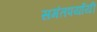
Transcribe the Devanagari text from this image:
समंतपर्यायी